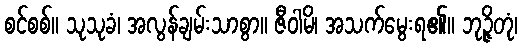
စင်စစ်။ သုသုခံ၊ အလွန်ချမ်းသာစွာ။ ဇီဝါမိ၊ အသက်မွေးရ၏။ ဘုဉ္ဇိတုံ၊